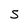
Character: 5